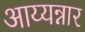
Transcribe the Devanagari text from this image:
आय्यन्नार